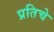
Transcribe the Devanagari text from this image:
प्रतिचे